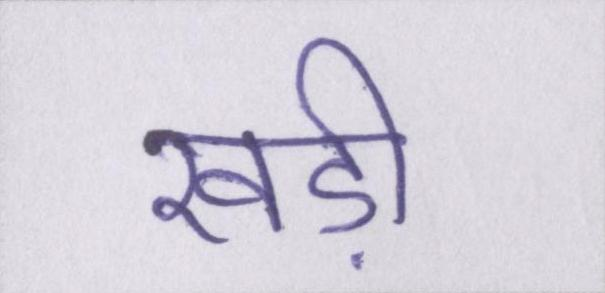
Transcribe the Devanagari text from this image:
खड़ी